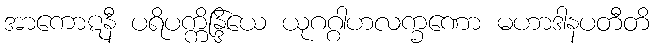
အာကောဋနီ ပရိပက္ကိန္ဒြိယေ ယုဂဂ္ဂါဟလက္ခဏော မဟာဒါနပတီတိ